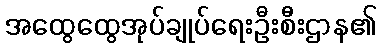
အထွေထွေအုပ်ချုပ်ရေးဦးစီးဌာန၏